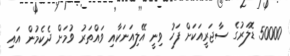
50000 ޑޮލަރުގެ ސާޖަރީއަކަށް ފަހު ވިނީ އޭލިއަނަކާއި ވައްތަރު ވުމަށް ދެކެމުން އައި